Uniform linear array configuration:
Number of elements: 12
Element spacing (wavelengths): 0.75
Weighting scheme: hamming
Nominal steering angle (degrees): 45
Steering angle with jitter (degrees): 44.699
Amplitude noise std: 0.05
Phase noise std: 0.05

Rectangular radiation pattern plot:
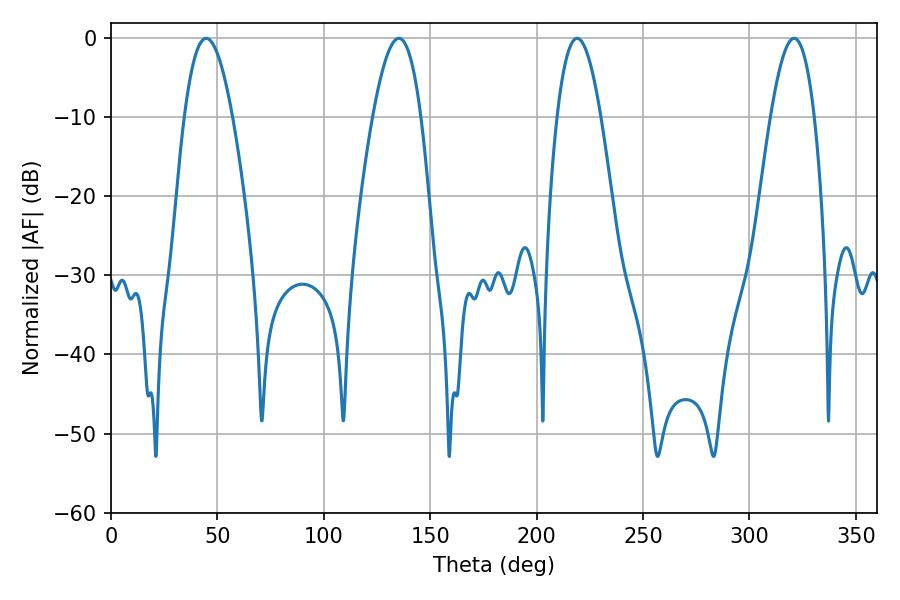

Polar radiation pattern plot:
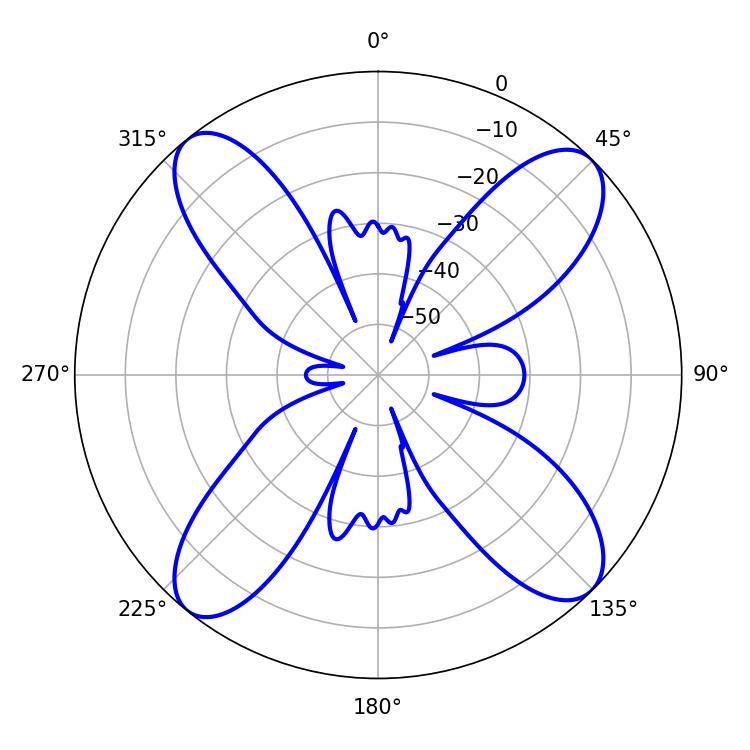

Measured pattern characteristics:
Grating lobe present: TRUE
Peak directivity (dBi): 15.175
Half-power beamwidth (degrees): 11.16
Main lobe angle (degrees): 219.06